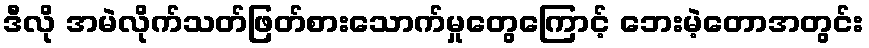
ဒီလို အမဲလိုက်သတ်ဖြတ်စားသောက်မှုတွေကြောင့် ဘေးမဲ့တောအတွင်း